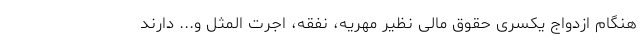
هنگام ازدواج یکسری حقوق مالی نظیر مهریه، نفقه، اجرت المثل و... دارند